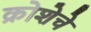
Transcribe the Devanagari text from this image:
क्रोशेचे